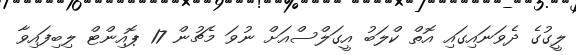
ލީގުގެ ދެވަނައިގައި އޮތް ކްލަބު އީގަލްސްއަށް ނުވަ މެޗުން 17 ޕޮއިންޓް ލިބިފައިވާ